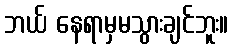
ဘယ် နေရာမှမသွားချင်ဘူး။